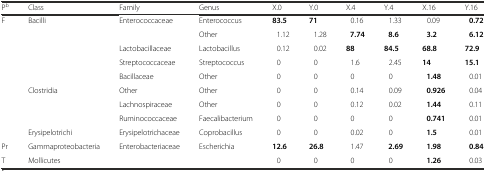
| Pb | Class | Family | Genus | X.0 | Y.0 | X.4 | Y.4 | X.16 | Y.16 |
 | --- | --- | --- | --- | --- | --- | --- | --- | --- | --- |
 | <ROWSPAN=9> F | <ROWSPAN=5> Bacilli | Enterococcaceae | Enterococcus | 83.5 | 71 | 0.16 | 1.33 | 0.09 | 0.72 |
 |  | Other | 1.12 | 1.28 | 7.74 | 8.6 | 3.2 | 6.12 |
 | Lactobacillaceae | Lactobacillus | 0.12 | 0.02 | 88 | 84.5 | 68.8 | 72.9 |
 | Streptococcaceae | Streptococcus | 0 | 0 | 1.6 | 2.45 | 14 | 15.1 |
 | Bacillaceae | Other | 0 | 0 | 0 | 0 | 1.48 | 0.01 |
 | <ROWSPAN=3> Clostridia | Other | Other | 0 | 0 | 0.14 | 0.09 | 0.926 | 0.04 |
 | Lachnospiraceae | Other | 0 | 0 | 0.12 | 0.02 | 1.44 | 0.11 |
 | Ruminococcaceae | Faecalibacterium | 0 | 0 | 0 | 0 | 0.741 | 0.01 |
 | Erysipelotrichi | Erysipelotrichaceae | Coprobacillus | 0 | 0 | 0.02 | 0 | 1.5 | 0.01 |
 | Pr | Gammaproteobacteria | Enterobacteriaceae | Escherichia | 12.6 | 26.8 | 1.47 | 2.69 | 1.98 | 0.84 |
 | T | Mollicutes |  |  | 0 | 0 | 0 | 0 | 1.26 | 0.03 |